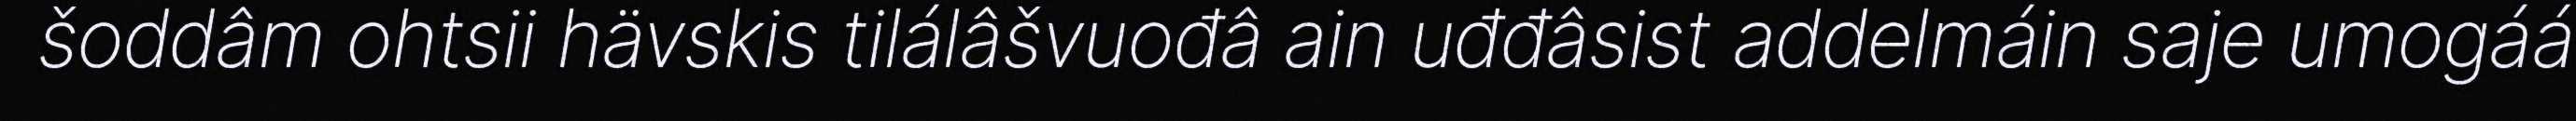
šoddâm ohtsii hävskis tilálâšvuođâ ain uđđâsist addelmáin saje umogáá